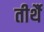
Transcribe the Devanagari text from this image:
तीर्थै